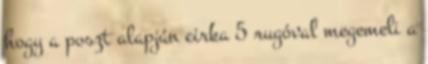
hogy a poszt alapján cirka 5 rugóval megemeli a